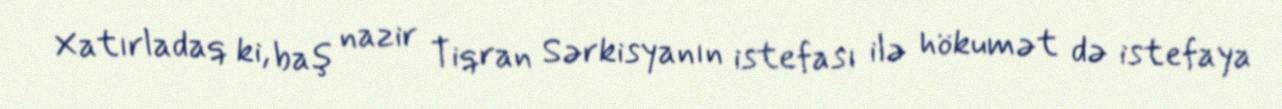
Xatırladaq ki, baş nazir Tiqran Sərkisyanın istefası ilə hökumət də istefaya